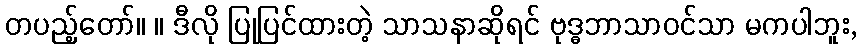
တပည့်တော်။ ။ ဒီလို ပြုပြင်ထားတဲ့ သာသနာဆိုရင် ဗုဒ္ဓဘာသာဝင်သာ မကပါဘူး,